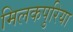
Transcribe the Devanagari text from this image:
मिलकपुरिया